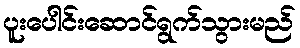
ပူးပေါင်းဆောင်ရွက်သွားမည်